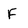
Character: F